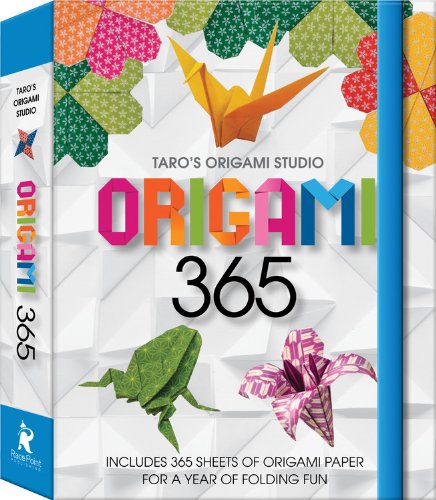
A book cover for Origami 365: Includes 365 Sheets of Origami Paper for A Year of Folding Fun; Taro Yaguchi; Crafts, Hobbies & Home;